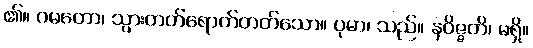
၏။ ဂမတော၊ သွားတတ်ရောက်တတ်သော။ ပုမာ၊ သည်။ နဝိဇ္ဇတိ၊ မရှိ။